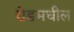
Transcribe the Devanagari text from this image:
रोडमधील